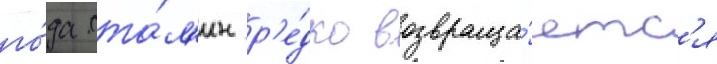
го́да ста́л'ин р'е́дко возвраща́етс'я